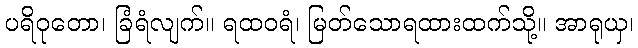
ပရိဝုတော၊ ခြံရံလျက်။ ရထဝရံ၊ မြတ်သောရထားထက်သို့။ အာရုယှ၊